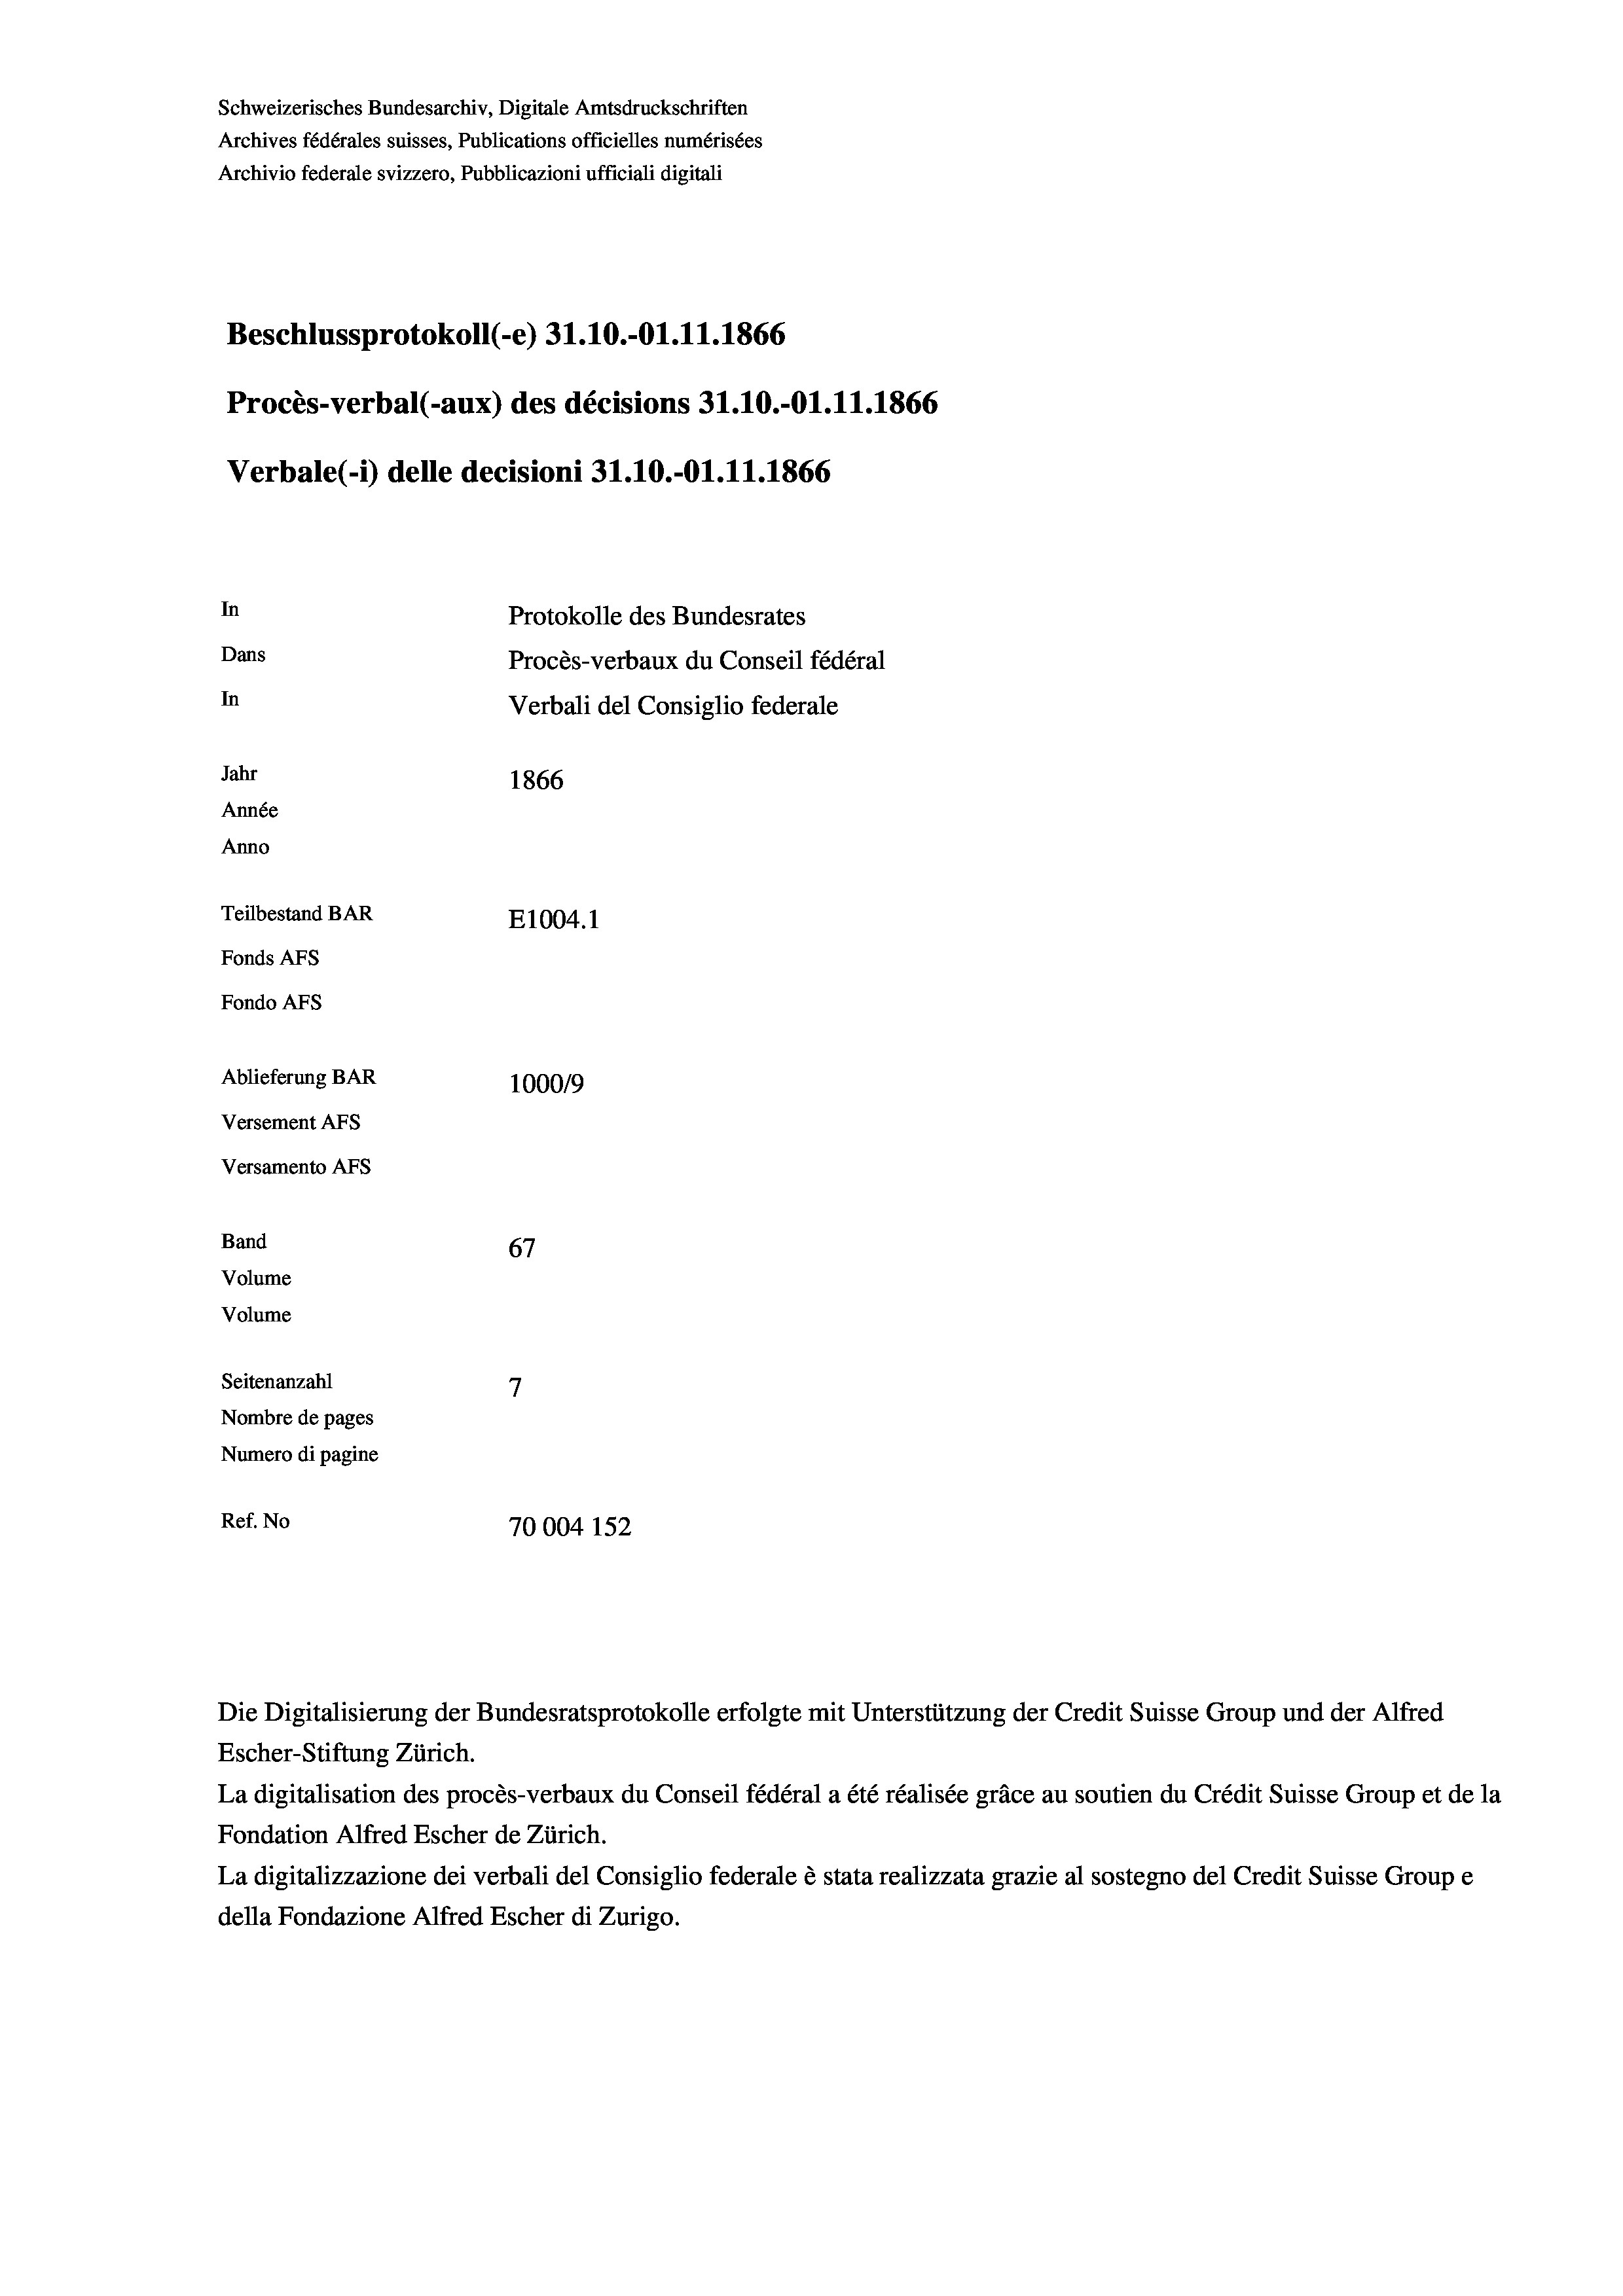
Schweizerisches Bundesarchiv, Digitale Amtsdruckschriften
Archives fédérales suisses, Publications officielles numérisées
Archivio federale svizzero, Pubblicazioni ufficiali digitali
Beschlussprotokoll (-e) 31.10.-O1.11.1866
Procès-verbal (-aux) des décisions 31.10.-O1.11.1866
Verbale(-*) delle decisioni 31.10.-O1.11.1866
In
Protokolle des Bundesrates
Dans
Procès-verbaux du Conseil fédéral
In
Verbali del Consiglio federale
Jahr
1866
Année
Anno
Teilbestand BAR
E1004.1
Fonds AFs
Fondo Afs
Ablieferung BAR
100019
Versement AFs

Versamento AFs
Band
Volume
Volume

67
7
Seitenanzahl
Nombre de pages
Numero di pagine
Ref. No
70004 152

Die Digitalisierung der Bundesratsprotokolle erfolgte mit Unterstützung der Credit Suisse Group und der Alfred

Escher-Stiftung Zürich.
La digitalisation des procès-verbaux du Conseil fédéral a été réalisée gräce au soutien du Crédit Suisse Group et de la
Fondation Alfred Escher de Zürich.
La digitalizzazione dei verbali del Consiglio federale è stata realizzata grazie al sostegno del Credit Suisse Groupe
della Fondazione Alfred Escher di Zurigo.